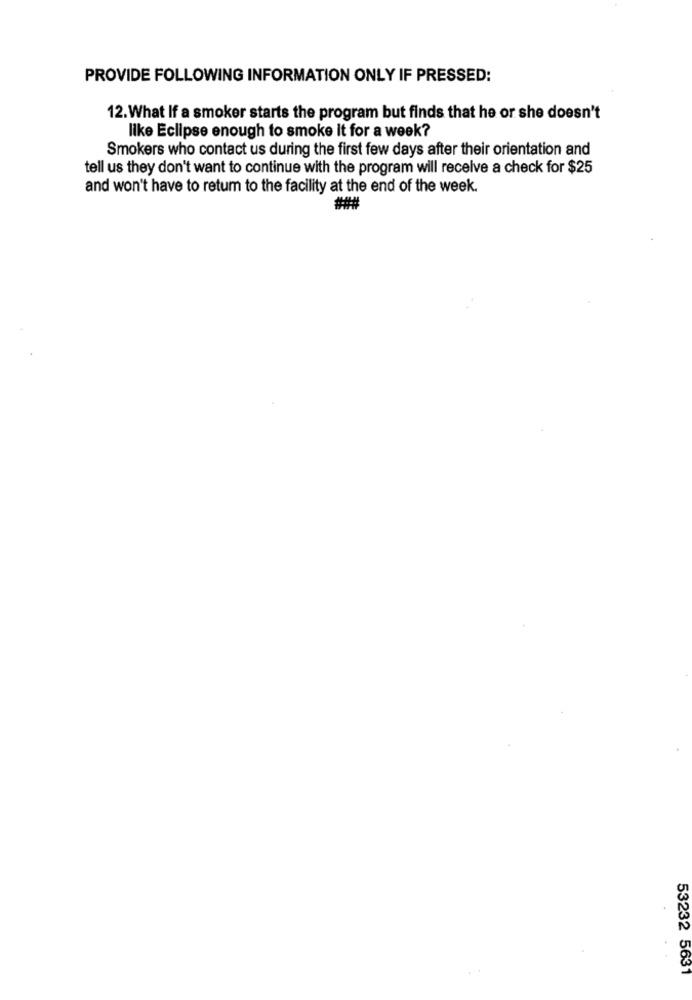
PROVIDE FOLLOWING INFORMATION ONLY IF PRESSED:
12. What If a smoker starts the program but finds that he or she doesn't
like Eclipse enough to smoke it for a week?
Smokers who contact us during the first few days after their orientation and
tell us they don't want to continue with the program will receive a check for $25
and won't have to retum to the facility at the end of the week.
###
53232 5631